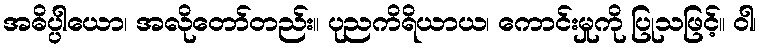
အဓိပ္ပါယော၊ အလိုတော်တည်း။ ပုညကိရိယာယ၊ ကောင်းမှုကို ပြုသဖြင့်။ ဝါ၊